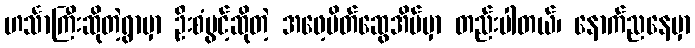
ဟင်္သာကြီးဆိုတဲ့ရွာမှာ ဦးစံပွင့်ဆိုတဲ့ အဖေ့မိတ်ဆွေအိမ်မှာ တည်းပါတယ်၊ နောက်ညနေမှာ